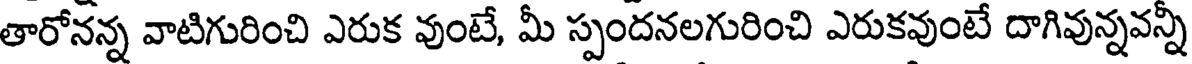
తారోనన్న వాటిగురించి ఎరుక వుంటే, మీ స్పందనలగురించి ఎరుకవుంటే దాగివున్నవన్నీ